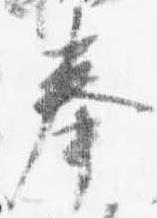
奉